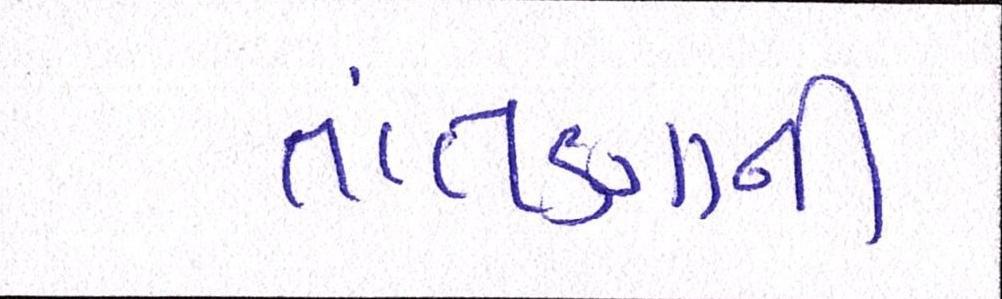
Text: તાંતણાની